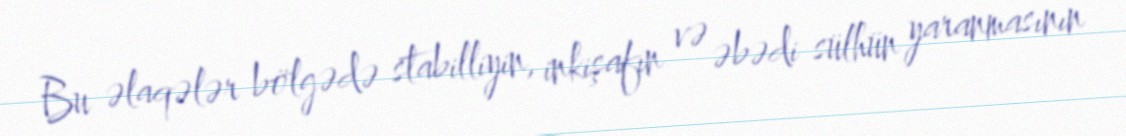
Bu əlaqələr bölgədə stabilliyin, inkişafın və əbədi sülhün yaranmasının